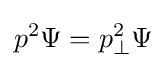
p^{2}\Psi =p_{\perp }^{2}\Psi